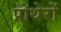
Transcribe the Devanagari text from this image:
प्रोथेरों